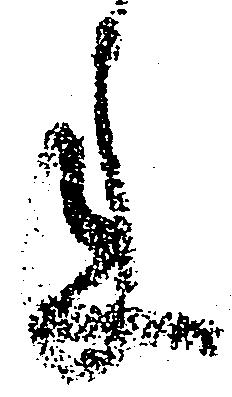
来